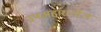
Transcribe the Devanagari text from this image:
उपअहारातील